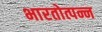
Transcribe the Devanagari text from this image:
भारतोत्पन्न